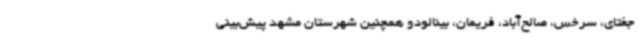
جغتای، سرخس، صالح‌آباد، فریمان، بینالودو همچنین شهرستان مشهد پیش‌بینی